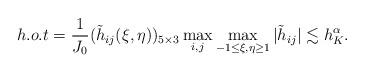
LaTeX: \begin{align*}h.o.t=\frac{1}{J_0}(\tilde h_{ij}(\xi,\eta))_{5\times3} \max\limits_{i,j}\max\limits_{-1\leq\xi,\eta\geq1} |\tilde h_{ij}| \lesssim h_K^\alpha.\end{align*}